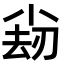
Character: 𡮊